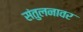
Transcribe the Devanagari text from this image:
संतुलनावर